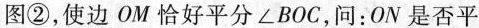
图②，使边OM恰好平分∠BOC，问：ON是否平